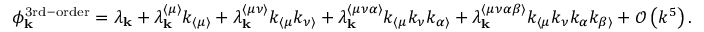
\phi _ { \mathbf { k } } ^ { \mathrm { 3 r d - o r d e r } } = \lambda _ { \mathbf { k } } + \lambda _ { \mathbf { k } } ^ { \langle \mu \rangle } k _ { \langle \mu \rangle } + \lambda _ { \mathbf { k } } ^ { \langle \mu \nu \rangle } k _ { \langle \mu } k _ { \nu \rangle } + \lambda _ { \mathbf { k } } ^ { \langle \mu \nu \alpha \rangle } k _ { \langle \mu } k _ { \nu } k _ { \alpha \rangle } + \lambda _ { \mathbf { k } } ^ { \langle \mu \nu \alpha \beta \rangle } k _ { \langle \mu } k _ { \nu } k _ { \alpha } k _ { \beta \rangle } + \mathcal { O } \left( k ^ { 5 } \right) .